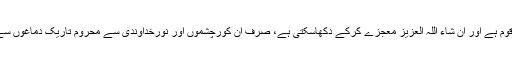
یہی ہمارا اصل بحران ہیں، ورنہ آج بھی یہ ایک بہترین قوم ہے اور ان شاء اللہ العزیز معجزے کرکے دکھاسکتی ہے، صرف اِن کورچشموں اور نورِخداوندی سے محروم تاریک دماغوں سے خلاصی پانے کی دیر ہے؛… اور یہ البتہ ناگزیر ہے۔